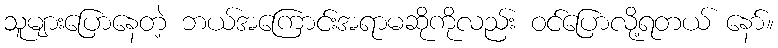
သူများပြောနေတဲ့ ဘယ်အကြောင်းအရာမဆိုကိုလည်း ဝင်ပြောလို့ရတယ် နော်။